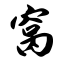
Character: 窝